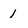
Character: 1